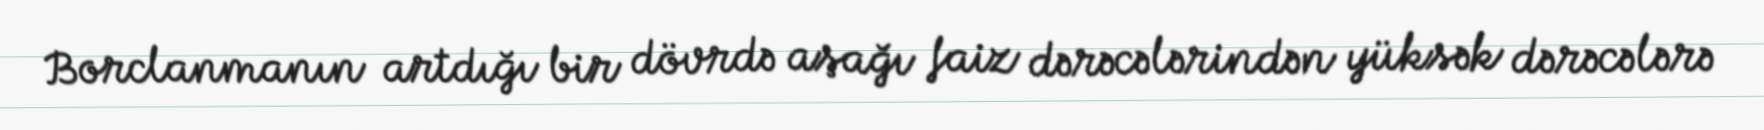
Borclanmanın artdığı bir dövrdə aşağı faiz dərəcələrindən yüksək dərəcələrə